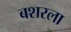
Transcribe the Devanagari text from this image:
बशरला